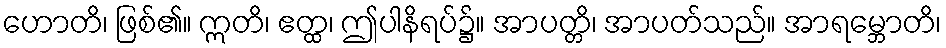
ဟောတိ၊ ဖြစ်၏။ ဣတိ၊ ဧတ္ထ၊ ဤပါနိရပ်၌။ အာပတ္တိ၊ အာပတ်သည်။ အာရမ္ဘောတိ၊